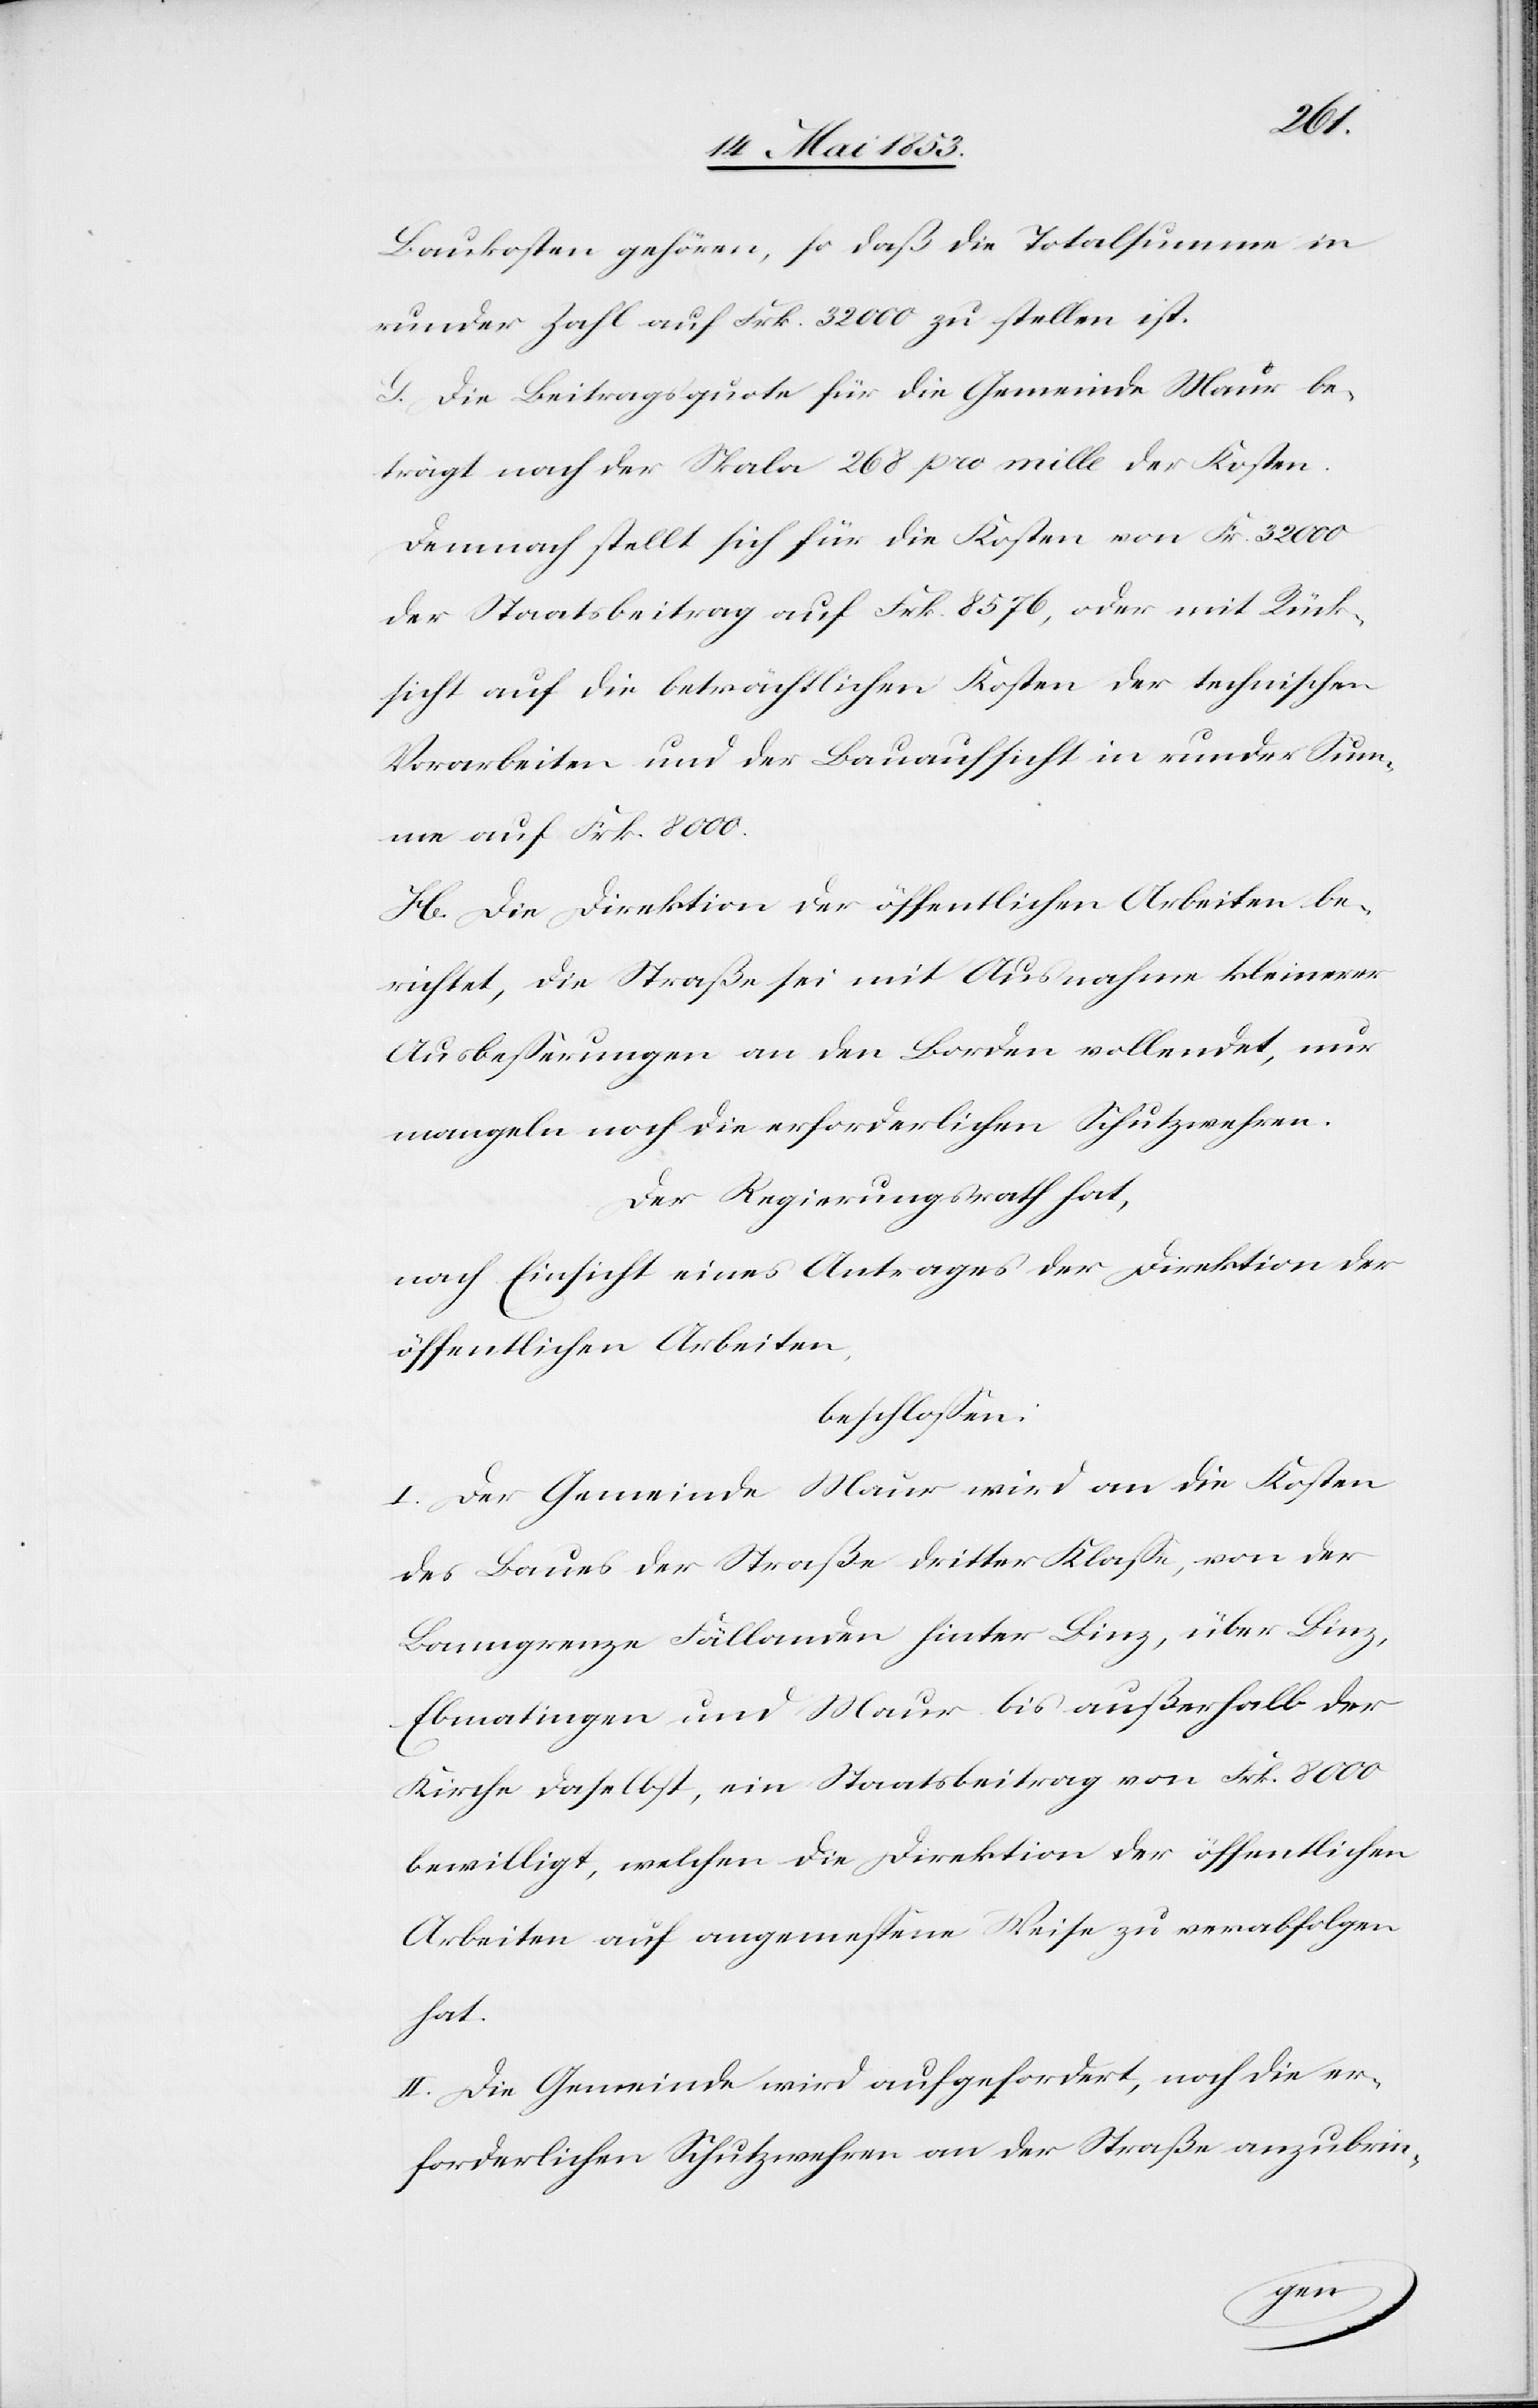
Baukosten gehören, so daß die Totalsumme in
runder Zahl auf Frk. 32 000 zu stellen ist.
G. Die Beitragsquote für die Gemeinde Maur be¬
trägt nach der Skala 268 pro mille der Kosten.
Demnach stellt sich für die Kosten von Frk. 32 000
der Staatsbeitrag auf Frk. 8576, oder mit Rück¬
sicht auf die beträchtlichen Kosten der technischen
Vorarbeiten und der Bauaufsicht in runder Sum¬
me auf Frk. 8000.
H. Die Direktion der öffentlichen Arbeiten be¬
richtet, die Straße sei mit Ausnahmen kleinerer
Ausbeßerungen an den Borden vollendet, nur
mangeln noch die erforderlichen Schutzwehren.
Der Regierungsrath hat,
nach Einsicht eines Antrages der Direktion der
öffentlichen Arbeiten,
beschloßen:
I. Der Gemeinde Maur wird an die Kosten
des Baues der Straße dritter Klaße, von der
Banngrenze Fällanden hinter Binz, über Binz,
Ebmatingen und Maur bis außerhalb der
Kirche daselbst, ein Staatsbeitrag von Frk. 8000
bewilligt, welchen die Direktion der öffentlichen
Arbeiten auf angemeßene Weise zu verabfolgen
hat.
II. Die Gemeinde wird aufgefordert, noch die er¬
forderlichen Schutzwehren an der Straße anzubrin-